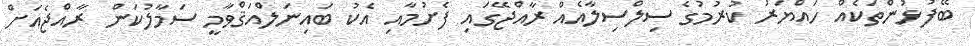
ބޭފުޅުންތަކެއް ހައްޔަރު ކުރުމުގެ ސިލްސިލާއެއް ރާއްޖޭގައި ފެށުމާއި އެކު ބައިނަލްއަޤްވާމީ ސަމާލުކަން ރާއްޖެއަށް